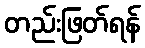
တည်းဖြတ်ရန်